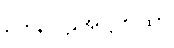
ဥဒါနပါဠိအဋ္ဌကထာ